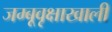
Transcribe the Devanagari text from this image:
जम्बूवृक्षाखाली